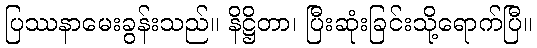
ပြဿနာမေးခွန်းသည်။ နိဋ္ဌိတာ၊ ပြီးဆုံးခြင်းသို့ရောက်ပြီ။